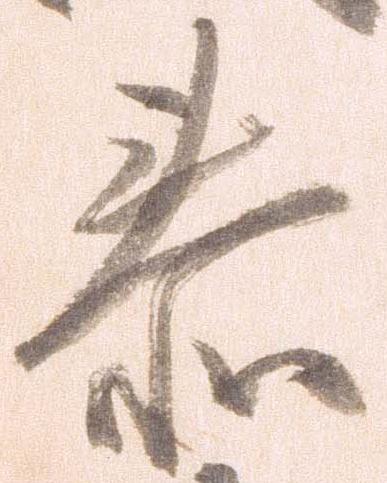
泰